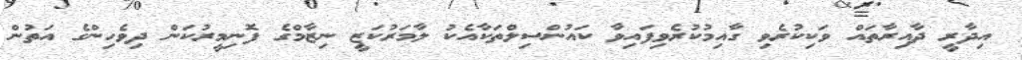
އިދާރީ ދާއިރާތައް ވަކިކުރެވި ގާއިމުކުރެވިފައިވާ ކައުންސިލްތަކާއެކު ލާމަރުކަޒީ ނިޒާމްގެ ފޮނިމީރުކަން ދިވެހިންގެ އަތުން